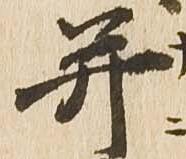
并